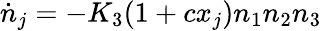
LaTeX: \dot{n}_{j}=-K_{3}(1+cx_{j})n_{1}n_{2}n_{3}